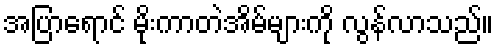
အပြာရောင် မိုးကာတဲအိမ်များကို လွန်လာသည်။